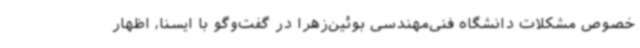
خصوص مشکلات دانشگاه فنی‌مهندسی بوئین‌زهرا در گفت‌وگو با ایسنا، اظهار